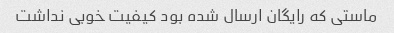
ماستی که رایگان ارسال شده بود کیفیت خوبی نداشت